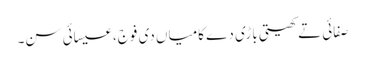
صفائی تے کھیتی باڑی دے کامیاں دی فوج، عیسائی سن۔